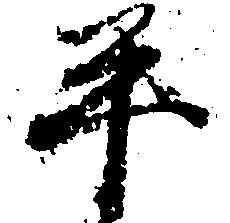
平